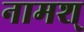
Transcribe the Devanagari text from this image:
नामश्